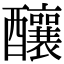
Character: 釀